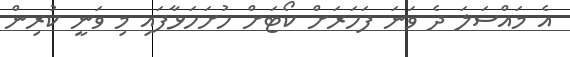
އެ މައްސަލަ ދެ ވަނަ ފަހަރަށް ކޯޓަށް ހުށަހަޅާފައި މި ވަނީ ކުރިން